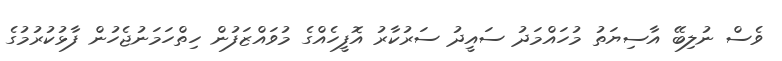
ވެސް ނުލިބޭ އާސިޔަތު މުހައްމަދު ސައީދު ސަރުކާރު އޮފީހެއްގެ މުވައްޒަފުން ހިތްހަމަނުޖެހުން ފާޅުކުރުމުގެ